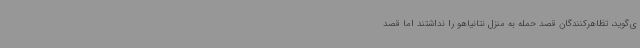
ی‌گوید، تظاهرکنندگان قصد حمله به منزل نتانیاهو را نداشتند اما قصد